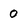
Character: 0